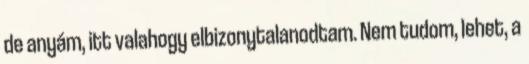
de anyám, itt valahogy elbizonytalanodtam. Nem tudom, lehet, a